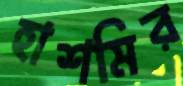
হাশমির